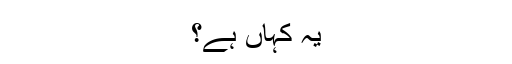
یہ کہاں ہے؟